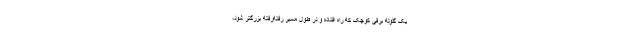
یک گلوله برفی کوچک که راه افتاده و در طول مسیر رفته‌رفته بزرگتر شود،